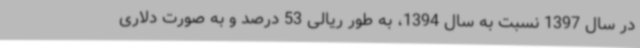
در سال 1397 نسبت به سال 1394، به طور ریالی 53 درصد و به صورت دلاری